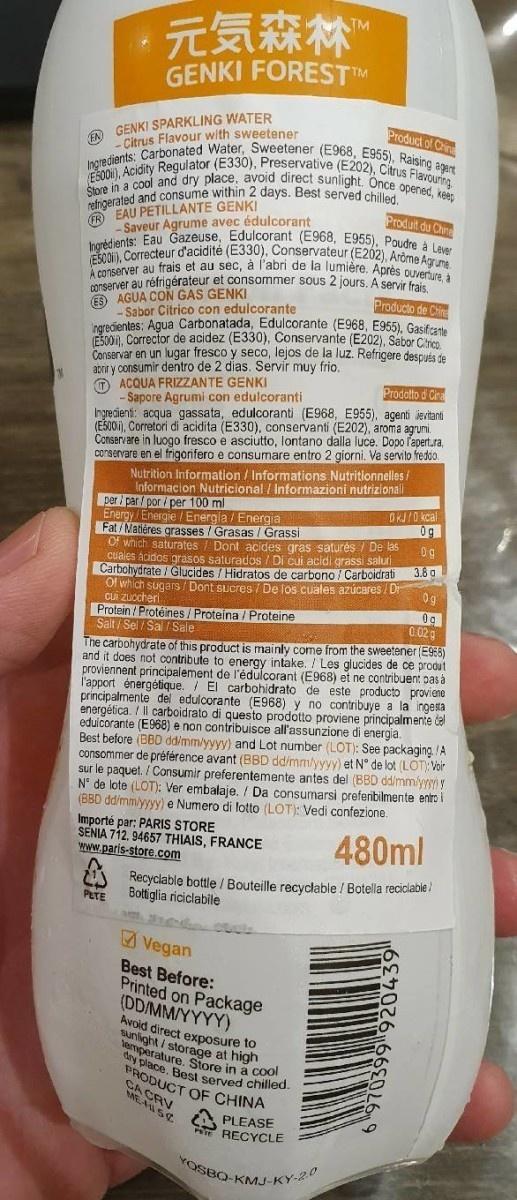
元気森林
TM
GENKI FOREST™M
A GENKI SPARKLING WATER Citrus Flavour with sweetener
Product of Crin
Ingredients: Carbonated Water, Sweetener (E968, E955), Raising agert
EĞOON), Acidity Regulator (E330), Preservative (E202), Citrus Flavouring
Štore in a cool and dry place, avoid direct sunlight. Once opened, keep Produit du Chine
afigerated and consume within 2 days. Best served ® EAU PETILLANTE GENKI - Saveur Agrume avec édulcorant Ingrédients: Eau Gazeuse, Edulcorant (E968, E955), Poudre à Lever EŠOON), Correcteur d'acidité (E330), Conservateur (E202), Aròme Agrume. A conserver au frais et au sec, à l'abri de la lumière. Après Ouverture, à
nserver au réfrigérateur et consommer sous 2 jours. A servir frae E9 AGUA CON GAS GENKI
Producto de Chine
Sabor Citrico con edulcorante naredientes: Agua Carbonatada, Edulcorante (E968, E955), Gasifcant E500), Corrector de acidez (E330), Conservante (E202), Sabor Citico Conservar en un lugar fresco y seco, lejos de la luz. Refrigere descuts de abrir y consumir dentro de 2 dias. Servir muy frio, O ACQUA FRIZZANTE GENKI - Sapore Agrumi con edulcoranti Ingrecienti: acqua gassata, edulcoranti (E968, E955), agenti jevitanti (EŠOO), Corretori di acidita (E330), conservanti (E202), aroma agrumi. Conservare in luogo fresco e asciuto, lontano dalla luce. Dopo lapert.ra. conservare en el frigorifero e consumare entro 2 giorni. Va servito freddo. Nutrition Information / Informations Nutritionnelles / Informacion Nutricional / Informazioni nutrizionali per par/ por / per 100 ml Energy /Energie / Energia / Energia Fat / Natiéres grasses / Grasas /Grassi Of which saturates / Dont acides gras saturés / De las cuales ácidos grasos saturados / Di cui acidi grassi saluri Carbohydrate / Glucides / Hidratos de carbono / Carboidrati Ol which sugars / Dont sucres / De los cuales azúcares / Dr cui zuocheri Protein / Protéines/Proteina / Proteine Salt / Sel / Sal / Sale
Prodotto d Cina
OKI/0 kcal 0g
0g
3.8 g
0g
Og 0.02g
The carbohydrate of this product is mainly come from the sweetener (E958) and it does not contribute to energy intake. /Les glucides de ce produt proviennent principalement de l'édulcorant (E968) et ne contribuent pas a l'apport énergétique. / El carbohidrato de este producto proviene principalmente del edulcorante (E968) y no contribuye a la ingesta energética. / Il carboidrato di questo prodotto proviene principalmente de eduicorante (E968) e non contribuisce all'assunzione di energia. Best before (BBD ddimmlyyyy) and Lot number (LOT): See packaging. /A consommer de préférence avant (BBD ddimm/yyvy) et N° de lot (LOT): Voir sur le paquet. / Consumir preferentemente antes del (BBD ddimmlyyi y N° de lote (LOT): Ver embalaje. / Da consumarsi preferibilmente entro i (BBD dd/mmlyyyy) e Numero di lotto (LOT): Vedi confezione.
Importé par: PARIS STORE SENIA 712, 94657 THIAIS, FRANCE www.paris-store.com
480ml
A Recyclable bottle / Bouteille recyclable / Botella reciciable /
PETE
Bottiglia riciclabile
Vegan
Best Before: Printed on Package (DD/MM/YYYY)
Sunlight /
direct exposure to
temperature age at high y place, Besl served chilled
Store in a cool
RODUCT OF CHINA CA CRV WEAS
PLEASE POTE RECYCLE
YOSBO-KMJ-KY-20
920439